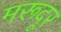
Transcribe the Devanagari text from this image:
मरूदूर